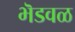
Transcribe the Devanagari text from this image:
भॆडवळ